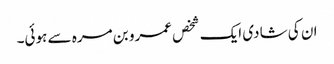
ان کی شادی ایک شخص عمرو بن مرہ سے ہوئی۔